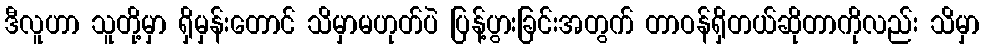
ဒီလူဟာ သူတို့မှာ ရှိမှန်းတောင် သိမှာမဟုတ်ပဲ ပြန့်ပွားခြင်းအတွက် တာဝန်ရှိတယ်ဆိုတာကိုလည်း သိမှာ